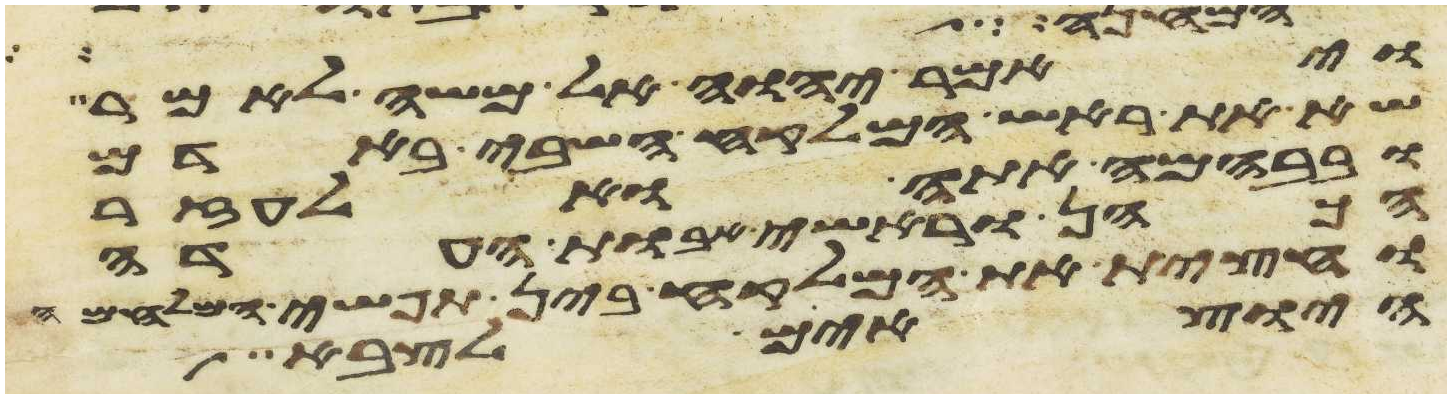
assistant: ויאמר יהוה אל משה לאמר
שא את ראש המלקח השבי באדם
ובבהמה אתה ואלעזר
הכהן וראשי אבות העדה
וחצית את המלקח בין תפשי המלחמה
היוצאים לצבא